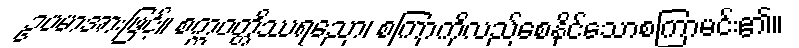
ဥပမာအားဖြင့်။ စက္ကဝတ္တိဿရညော၊ စကြာကိုလည်စေနိုင်သောစကြာမင်း၏။